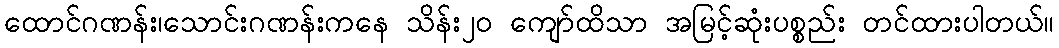
ထောင်ဂဏန်း၊သောင်းဂဏန်းကနေ သိန်း၂၀ ကျော်ထိသာ အမြင့်ဆုံးပစ္စည်း တင်ထားပါတယ်။